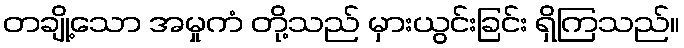
တချို့သော အမှုကံ တို့သည် မှားယွင်းခြင်း ရှိကြသည်။